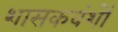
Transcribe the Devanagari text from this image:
शासकवंशों